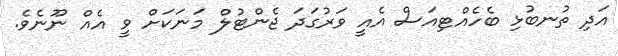
އަދި ތުނބުޅި ބެހެއްޓިއަސް އެއީ ވަރުގަދަ ޖެންޓުލް މަނަކަށް ވީ އެއް ނޫނެވެ.